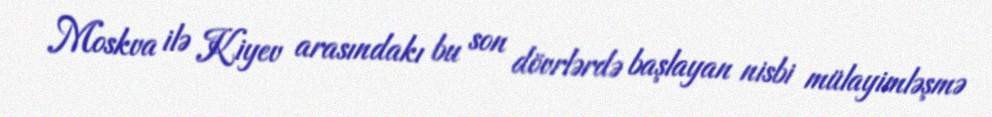
Moskva ilə Kiyev arasındakı bu son dövrlərdə başlayan nisbi mülayimləşmə